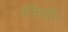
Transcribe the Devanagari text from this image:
पंक्तियों।